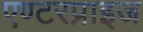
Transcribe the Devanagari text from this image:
एण्टरप्राइज